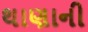
થાણાની